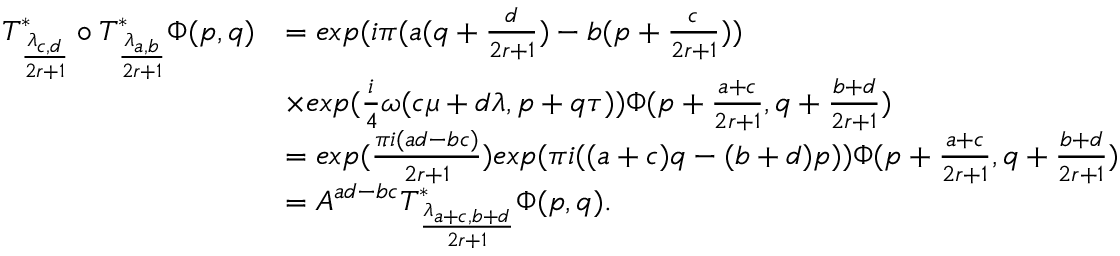
\begin{array} { r l } { T _ { \frac { \lambda _ { c , d } } { 2 r + 1 } } ^ { * } \circ T _ { \frac { \lambda _ { a , b } } { 2 r + 1 } } ^ { * } \Phi ( p , q ) } & { = e x p ( i \pi ( a ( q + \frac { d } { 2 r + 1 } ) - b ( p + \frac { c } { 2 r + 1 } ) ) } \\ & { \times e x p ( \frac { i } { 4 } \omega ( c \mu + d \lambda , p + q \tau ) ) \Phi ( p + \frac { a + c } { 2 r + 1 } , q + \frac { b + d } { 2 r + 1 } ) } \\ & { = e x p ( \frac { \pi i ( a d - b c ) } { 2 r + 1 } ) e x p ( \pi i ( ( a + c ) q - ( b + d ) p ) ) \Phi ( p + \frac { a + c } { 2 r + 1 } , q + \frac { b + d } { 2 r + 1 } ) } \\ & { = A ^ { a d - b c } T _ { \frac { \lambda _ { a + c , b + d } } { 2 r + 1 } } ^ { * } \Phi ( p , q ) . } \end{array}